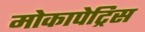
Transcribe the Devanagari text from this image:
मोकापेट्रिस